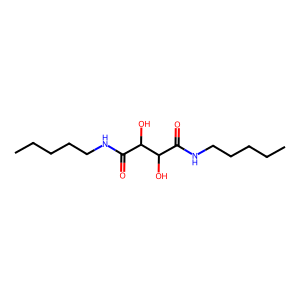
SMILES: CCCCCNC(=O)C(O)C(O)C(=O)NCCCCC
Inhibits HIV replication: No